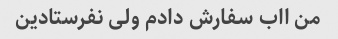
من ااب سفارش دادم ولی نفرستادین